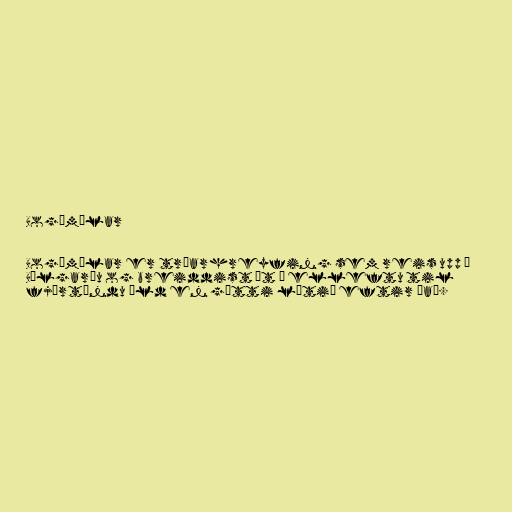
Bogúmílar

Bogúmílar er trúarhreyfing sem reis upp í
Búlgaríu og breiddist út á elleftu til
fjórtándu öld en gætti lítið eftir það.